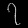
Digit: ၇